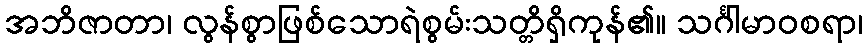
အဘိဇာတာ၊ လွန်စွာဖြစ်သောရဲစွမ်းသတ္တိရှိကုန်၏။ သင်္ဂါမာဝစရာ၊